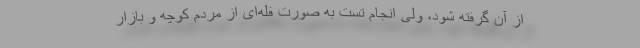
از آن گرفته شود، ولی انجام تست به صورت فله‌ای از مردم کوچه و بازار